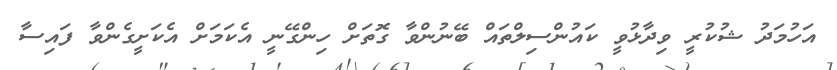
އަހުމަދު ޝުކުރީ ވިދާޅުވީ ކައުންސިލްތައް ބޭނުންވާ ގޮތަށް ހިންގޭނީ އެކަމަށް އެކަށީގެންވާ ފައިސާ